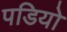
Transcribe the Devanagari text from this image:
पडियो